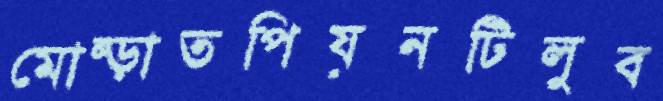
মোষ্‌ড়াতপিয়নটিলুব